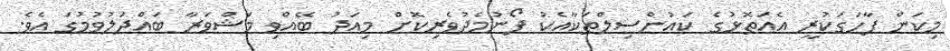
މިކަން ފާހަގަކުރީ އެއަތޮޅުގެ ކައުންސިލްތަކާއެކު ފޯނުމެދުވެރިކޮށް މިއަދު ބޭއްވި މަޝްވަރާ ބައްދަލުވުމުގަ އެވެ.